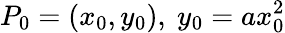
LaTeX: P_{0}=(x_{0},y_{0}),\ y_{0}=ax_{0}^{2}